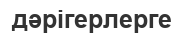
дәрігерлерге